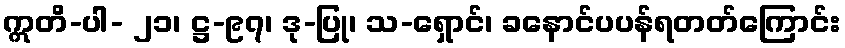
ဣတိ-ပါ- ၂၁၊ ဋ္ဌ-၉၇၊ ဒု-ပြု၊ သ-ရှောင်၊ ခနောင်ပပန်ရတတ်ကြောင်း